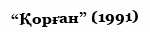
“Қорған” (1991)